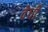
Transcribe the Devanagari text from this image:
वेधी